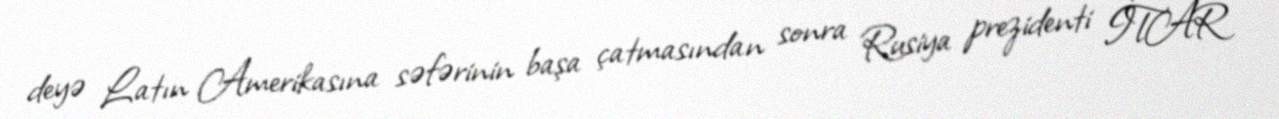
deyə Latın Amerikasına səfərinin başa çatmasından sonra Rusiya prezidenti İTAR